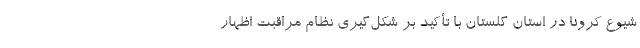
شیوع کرونا در استان گلستان با تأکید بر شکل‌گیری نظام مراقبت اظهار